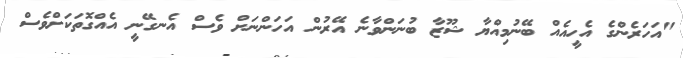
"އަހަރެންގެ އެހީއެއް ބޭނުމިއްޔާ ޝޫޒާ ބުނަންވާނެ އޭރުން އަހަންނަށް ވެސް އެނގޭނީ އެއްގޮތަކަށްވެސް